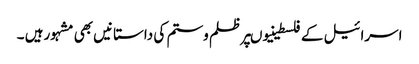
اسرائیل کے فلسطینیوںپرظلم وستم کی داستانیں بھی مشہورہیں ۔